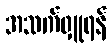
အသက်ရှူရန်